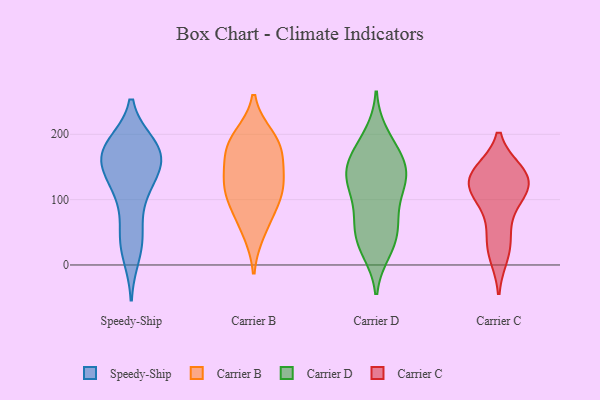
{"axis": {"x": "Website Visitors", "y": "Value"}, "legend": ["Carrier B", "Carrier C", "Carrier D", "Speedy-Ship"], "data": [{"x": "", "y": 174, "type": "Speedy-Ship"}, {"x": "", "y": 17, "type": "Speedy-Ship"}, {"x": "", "y": 168, "type": "Speedy-Ship"}, {"x": "", "y": 172, "type": "Speedy-Ship"}, {"x": "", "y": 182, "type": "Speedy-Ship"}, {"x": "", "y": 170, "type": "Speedy-Ship"}, {"x": "", "y": 43, "type": "Speedy-Ship"}, {"x": "", "y": 46, "type": "Speedy-Ship"}, {"x": "", "y": 172, "type": "Speedy-Ship"}, {"x": "", "y": 158, "type": "Speedy-Ship"}, {"x": "", "y": 124, "type": "Speedy-Ship"}, {"x": "", "y": 122, "type": "Speedy-Ship"}, {"x": "", "y": 113, "type": "Speedy-Ship"}, {"x": "", "y": 122, "type": "Carrier B"}, {"x": "", "y": 82, "type": "Carrier B"}, {"x": "", "y": 167, "type": "Carrier B"}, {"x": "", "y": 123, "type": "Carrier B"}, {"x": "", "y": 183, "type": "Carrier B"}, {"x": "", "y": 183, "type": "Carrier B"}, {"x": "", "y": 51, "type": "Carrier B"}, {"x": "", "y": 100, "type": "Carrier B"}, {"x": "", "y": 196, "type": "Carrier B"}, {"x": "", "y": 133, "type": "Carrier B"}, {"x": "", "y": 168, "type": "Carrier D"}, {"x": "", "y": 41, "type": "Carrier D"}, {"x": "", "y": 154, "type": "Carrier D"}, {"x": "", "y": 132, "type": "Carrier D"}, {"x": "", "y": 149, "type": "Carrier D"}, {"x": "", "y": 64, "type": "Carrier D"}, {"x": "", "y": 186, "type": "Carrier D"}, {"x": "", "y": 71, "type": "Carrier D"}, {"x": "", "y": 25, "type": "Carrier D"}, {"x": "", "y": 199, "type": "Carrier D"}, {"x": "", "y": 78, "type": "Carrier D"}, {"x": "", "y": 44, "type": "Carrier D"}, {"x": "", "y": 117, "type": "Carrier D"}, {"x": "", "y": 22, "type": "Carrier D"}, {"x": "", "y": 126, "type": "Carrier D"}, {"x": "", "y": 118, "type": "Carrier D"}, {"x": "", "y": 158, "type": "Carrier D"}, {"x": "", "y": 134, "type": "Carrier D"}, {"x": "", "y": 54, "type": "Carrier C"}, {"x": "", "y": 129, "type": "Carrier C"}, {"x": "", "y": 135, "type": "Carrier C"}, {"x": "", "y": 142, "type": "Carrier C"}, {"x": "", "y": 141, "type": "Carrier C"}, {"x": "", "y": 104, "type": "Carrier C"}, {"x": "", "y": 135, "type": "Carrier C"}, {"x": "", "y": 103, "type": "Carrier C"}, {"x": "", "y": 16, "type": "Carrier C"}, {"x": "", "y": 28, "type": "Carrier C"}, {"x": "", "y": 112, "type": "Carrier C"}]}